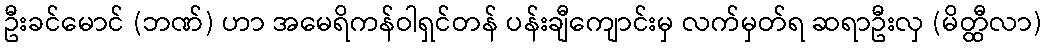
ဦးခင်မောင် (ဘဏ်) ဟာ အမေရိကန်ဝါရှင်တန် ပန်းချီကျောင်းမှ လက်မှတ်ရ ဆရာဦးလှ (မိတ္ထီလာ)